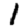
Digit: 1